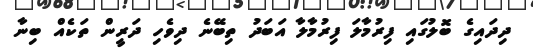
ދިދައިގެ ބޮލުގައި ފިރުމާލަ ފިރުމާލާ އަބަދު ތިބޭނެ ދިވެހި ދަރީން ތަކެއް ބިނާ